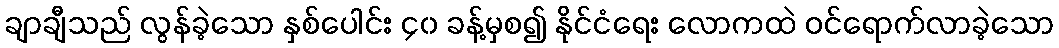
ချာချီသည် လွန်ခဲ့သော နှစ်ပေါင်း ၄၀ ခန့်မှစ၍ နိုင်ငံရေး လောကထဲ ဝင်ရောက်လာခဲ့သော